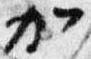
加